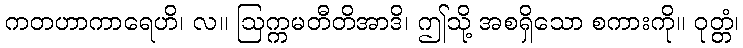
ကတဟာကာရေဟိ၊ လ။ ဩက္ကမတီတိအာဒိ၊ ဤသို့ အစရှိသော စကားကို။ ဝုတ္တံ၊